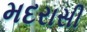
મદરાસી